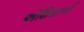
એશિયાની